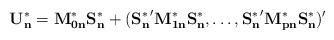
LaTeX: \begin{align*}\mathbf{U_n^{*}} = \mathbf{M_{0n}^*S_n^*} + (\mathbf{{S^*_n}}' \mathbf{M_{1n}^*S_n^*},\ldots, \mathbf{{S^*_n}}' \mathbf{M_{pn}^*S_n^*})'\end{align*}